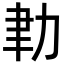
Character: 𦘓